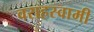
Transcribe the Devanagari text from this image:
वराहस्‍वामी